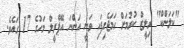
"ކަލަންކް" ރިލީޒް ކުރުމަށް ހަމަޖެހިފައި ވަނީ އަންނަ އޭޕްރީލް މަހުގެ 17 ގައެވެ.